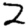
Digit: 2